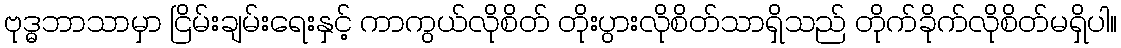
ဗုဒ္ဓဘာသာမှာ ငြိမ်းချမ်းရေးနှင့် ကာကွယ်လိုစိတ် တိုးပွားလိုစိတ်သာရှိသည် တိုက်ခိုက်လိုစိတ်မရှိပါ။